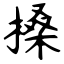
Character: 搡